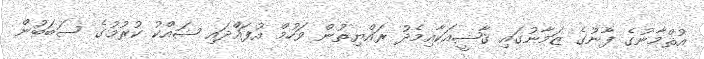
އުޘްމާނުގެ ފާނުގެ ޒަމާނުގައި ޤާޟީއަކާއިމެދު ރައްޔިތުން ވަހުމް އުފައްދައި ޝައްކު ކުރުމުގެ ސަބަބުން